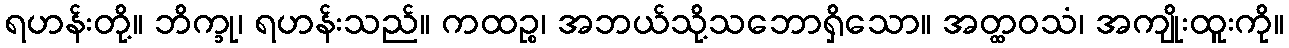
ရဟန်းတို့။ ဘိက္ခု၊ ရဟန်းသည်။ ကထဉ္စ၊ အဘယ်သို့သဘောရှိသော။ အတ္ထဝသံ၊ အကျိုးထူးကို။